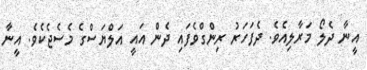
އީނާ ދެލޯ މަރާލިއެވެ. ދެފަހަރު ރިންގްވެފައި ދެން އައީ އަލްޔަސްގެ މެސެޖެކެވެ. އީނާ